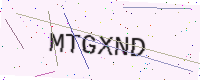
Text: MTGXND